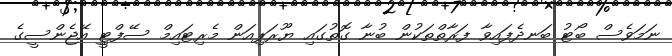
ނަމަވެސް ބޯޓު ބަނދެފައިވާ ފަރާތްތަކުން ބުނާ ގޮތުގައި ޔޫރަޕިއަން މެރިޓައިމް ސޭފްޓިީ އޭޖެންސީގެ